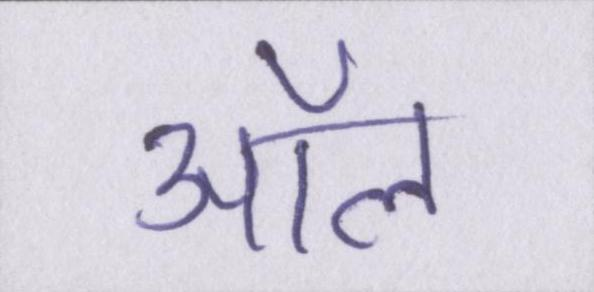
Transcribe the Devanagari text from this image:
ऑल